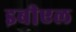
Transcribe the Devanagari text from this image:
इबीएल